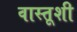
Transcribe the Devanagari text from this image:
वास्तूशी